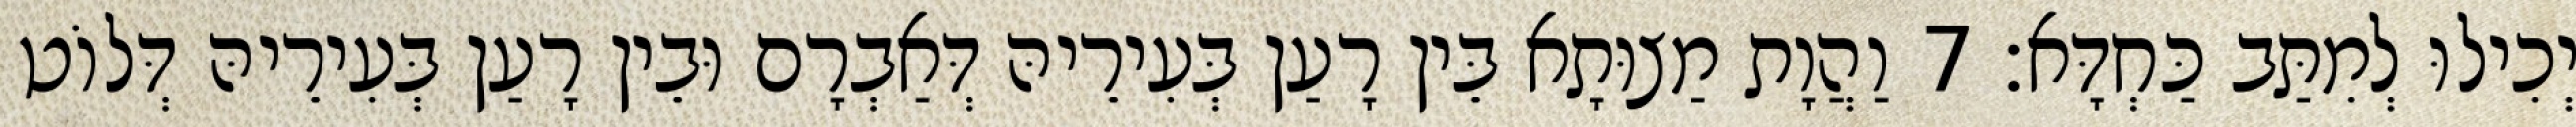
יְכִילוּ לְמִתַּב כַּחְדָּא׃ 7 וַהֲוָת מַצוּתָא בֵּין רָעַן בְּעִירֵיהּ דְּאַבְרָם וּבֵין רָעַן בְּעִירֵיהּ דְּלוֹט